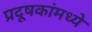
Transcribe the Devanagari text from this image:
प्रदूषकांमध्ये